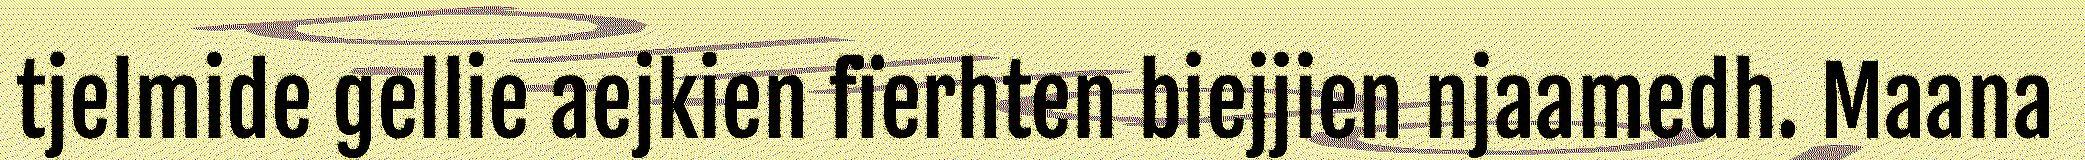
tjelmide gellie aejkien fïerhten biejjien njaamedh. Maana